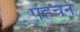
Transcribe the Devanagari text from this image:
पहेचन